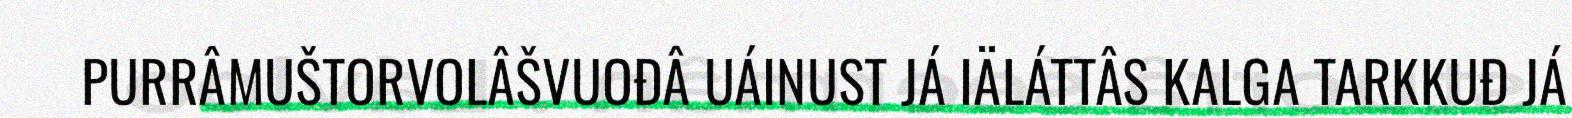
PURRÂMUŠTORVOLÂŠVUOĐÂ UÁINUST JÁ IÄLÁTTÂS KALGA TARKKUĐ JÁ